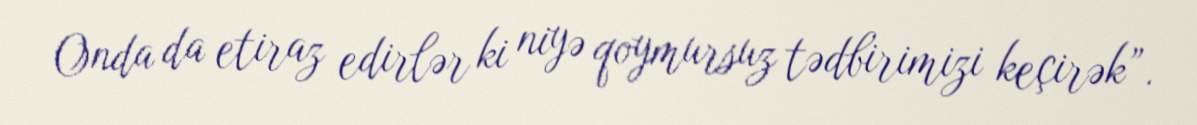
Onda da etiraz edirlər ki niyə qoymursuz tədbirimizi keçirək”.